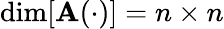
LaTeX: \dim[\mathbf{A}(\cdot)]=n\times n